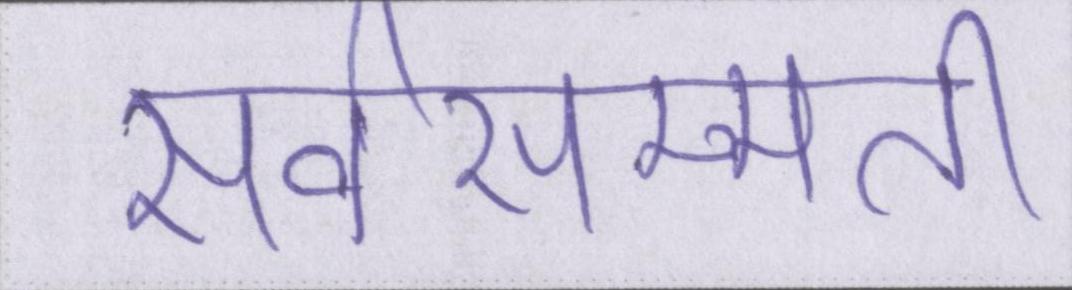
सर्वसम्मति